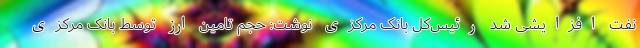
نفت افزایشی شد رئیس‌کل بانک مرکزی نوشت: حجم تامین ارز توسط بانک مرکزی